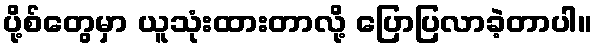
ပို့စ်တွေမှာ ယူသုံးထားတာလို့ ပြောပြလာခဲ့တာပါ။